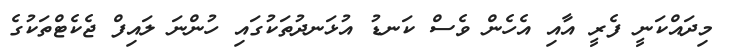
މިދައްކަނީ ފެރީ އާއި އެހެން ވެސް ކަނޑު އުޅަނދުތަކުގައި ހުންނަ ލައިފް ޖެކެޓްތަކުގެ